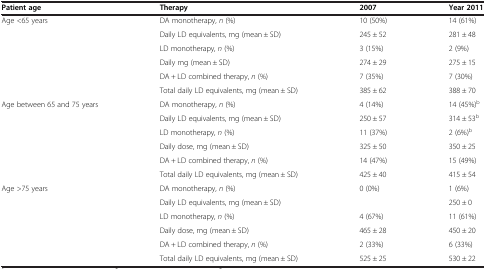
<table><thead><tr><td><b>Patient age</b></td><td><b>Therapy</b></td><td><b>2007</b></td><td><b>Year 2011</b></td></tr></thead><tbody><tr><td rowspan="2">Age &lt;65 years</td><td>DA monotherapy, <i>n</i> (%)</td><td>10 (50%)</td><td>14 (61%)</td></tr><tr><td>Daily LD equivalents, mg (mean ± SD)</td><td>245 ± 52</td><td>281 ± 48</td></tr><tr><td rowspan="2"> </td><td>LD monotherapy, <i>n</i> (%)</td><td>3 (15%)</td><td>2 (9%)</td></tr><tr><td>Daily mg (mean ± SD)</td><td>274 ± 29</td><td>275 ± 15</td></tr><tr><td rowspan="2"> </td><td>DA + LD combined therapy, <i>n</i> (%)</td><td>7 (35%)</td><td>7 (30%)</td></tr><tr><td>Total daily LD equivalents, mg (mean ± SD)</td><td>385 ± 62</td><td>388 ± 70</td></tr><tr><td rowspan="2">Age between 65 and 75 years</td><td>DA monotherapy, <i>n</i> (%)</td><td>4 (14%)</td><td>14 (45%)<sup>b</sup></td></tr><tr><td>Daily LD equivalents, mg (mean ± SD)</td><td>250 ± 57</td><td>314 ± 53<sup>b</sup></td></tr><tr><td rowspan="2"> </td><td>LD monotherapy, <i>n</i> (%)</td><td>11 (37%)</td><td>2 (6%)<sup>b</sup></td></tr><tr><td>Daily dose, mg (mean ± SD)</td><td>325 ± 50</td><td>350 ± 25</td></tr><tr><td rowspan="2"> </td><td>DA + LD combined therapy, <i>n</i> (%)</td><td>14 (47%)</td><td>15 (49%)</td></tr><tr><td>Total daily LD equivalents, mg (mean ± SD)</td><td>425 ± 40</td><td>415 ± 54</td></tr><tr><td rowspan="2">Age &gt;75 years</td><td>DA monotherapy, <i>n</i> (%)</td><td>0 (0%)</td><td>1 (6%)</td></tr><tr><td>Daily LD equivalents, mg (mean ± SD)</td><td> </td><td>250 ± 0</td></tr><tr><td rowspan="2"> </td><td>LD monotherapy, <i>n</i> (%)</td><td>4 (67%)</td><td>11 (61%)</td></tr><tr><td>Daily dose, mg (mean ± SD)</td><td>465 ± 28</td><td>450 ± 20</td></tr><tr><td rowspan="2"> </td><td>DA + LD combined therapy, <i>n</i> (%)</td><td>2 (33%)</td><td>6 (33%)</td></tr><tr><td>Total daily LD equivalents, mg (mean ± SD)</td><td>525 ± 25</td><td>530 ± 22</td></tr></tbody></table>